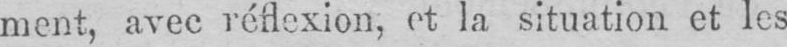
ment, avec réflexion, et la situation et les